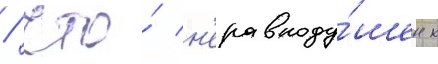
/ что́ н'еравноду́шен к